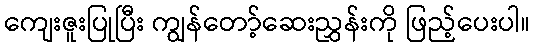
ကျေးဇူးပြုပြီး ကျွန်တော့်ဆေးညွှန်းကို ဖြည့်ပေးပါ။